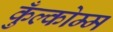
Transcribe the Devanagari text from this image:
कुँल्कोम्म